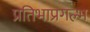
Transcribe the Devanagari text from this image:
प्रतिभाप्रगल्भ